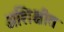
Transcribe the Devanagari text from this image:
अशिक्षीत